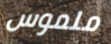
ملموس